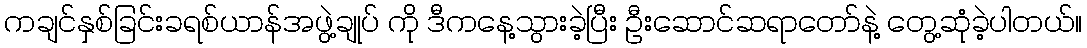
ကချင်နှစ်ခြင်းခရစ်ယာန်အဖွဲ့ချုပ် ကို ဒီကနေ့သွားခဲ့ပြီး ဦးဆောင်ဆရာတော်နဲ့ တွေ့ဆုံခဲ့ပါတယ်။